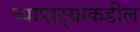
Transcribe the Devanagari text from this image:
व्यापाऱ्याकडील